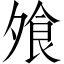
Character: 飧